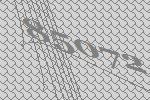
85072